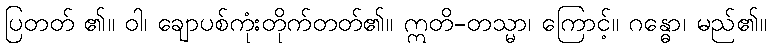
ပြတတ် ၏။ ဝါ၊ ချောပစ်ကုံးတိုက်တတ်၏။ ဣတိ-တသ္မာ၊ ကြောင့်။ ဂန္ဓော၊ မည်၏။